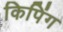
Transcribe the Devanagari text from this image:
किपिंग